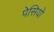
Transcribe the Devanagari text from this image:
पेसियो